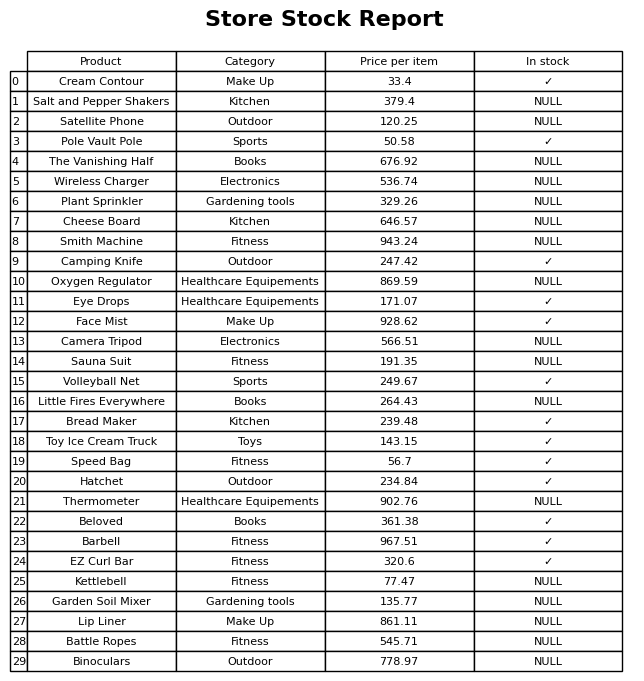
question: What is the price for Toy Ice Cream Truck?
answer: The price of Toy Ice Cream Truck is 143.15.